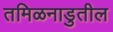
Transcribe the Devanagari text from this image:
तमिळनाडुतील